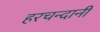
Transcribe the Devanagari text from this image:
हरचन्दानी